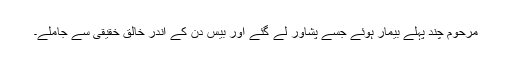
مرحوم چند پہلے بیمار ہوئے جسے پشاور لے گئے اور بیس دن کے اندر خالق خقیقی سے جاملے۔